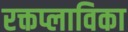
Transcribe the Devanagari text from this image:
रक्तप्लाविका